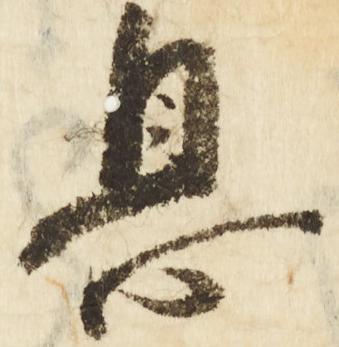
息